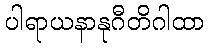
ပါရာယနာနုဂီတိဂါထာ